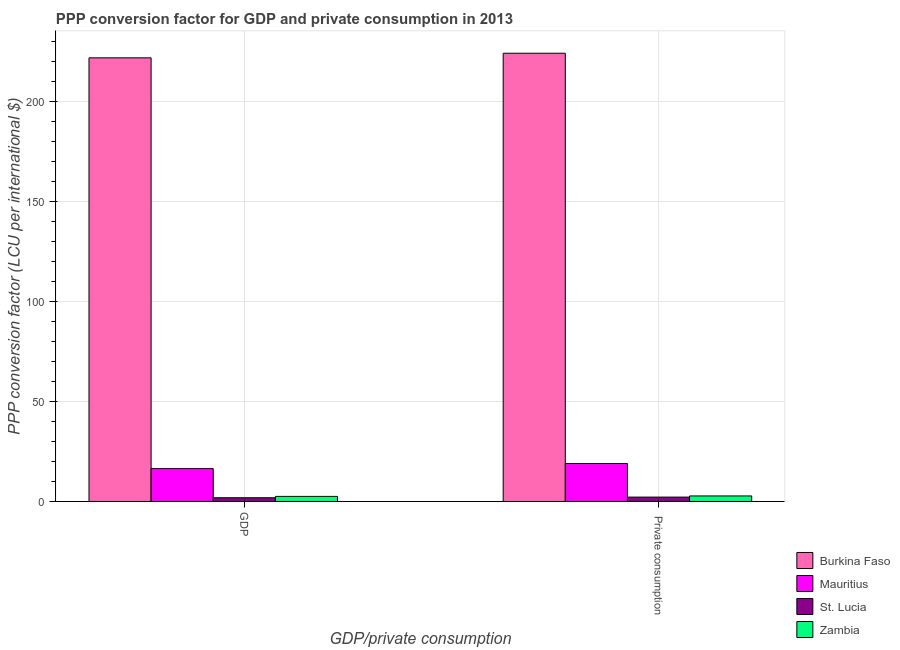
| GDP/private consumption | Burkina Faso | Mauritius | St. Lucia | Zambia |
 | --- | --- | --- | --- | --- |
 | GDP | 222 | 16.4 | 1.86 | 2.54 |
 |  Private consumption | 224 | 19 | 2.18 | 2.76 |